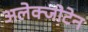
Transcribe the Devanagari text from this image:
अलेक्जोटेन